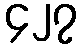
၄၂၇